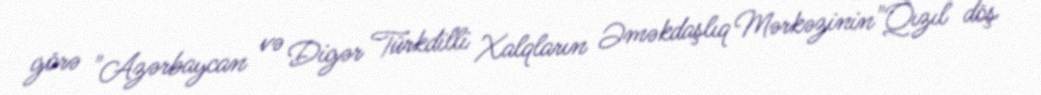
görə "Azərbaycan və Digər Türkdilli Xalqların Əməkdaşlıq Mərkəzinin"Qızıl döş